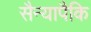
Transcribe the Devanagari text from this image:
सैन्यापैकि